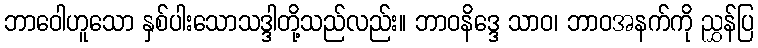
ဘာဝေါဟူသော နှစ်ပါးသောသဒ္ဒါတို့သည်လည်း။ ဘာဝနိဒ္ဒေ သာဝ၊ ဘာဝအနက်ကို ညွှန်ပြ